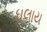
ઘલાય